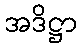
အဒိဋ္ဌာ